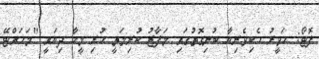
ފޮޓޯ: ހަވީރު ހެކިވެރިޔާ ބުނިގޮތުގައި މަފާޒު ކުރިމަތީ ހުރި މީހާ ދިޔައީ "މަހައްޓޭ